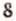
8